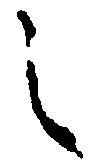
之